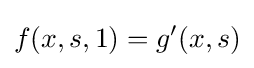
f(x,s,1)=g'(x,s)